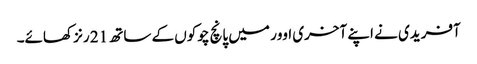
آفریدی نے اپنے آخری اوور میں پانچ چوکوں کے ساتھ 21 رنز کھائے۔